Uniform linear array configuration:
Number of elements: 8
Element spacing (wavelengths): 1
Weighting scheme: hamming
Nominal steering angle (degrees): -15
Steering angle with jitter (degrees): -15.142
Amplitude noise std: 0.05
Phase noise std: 0.05

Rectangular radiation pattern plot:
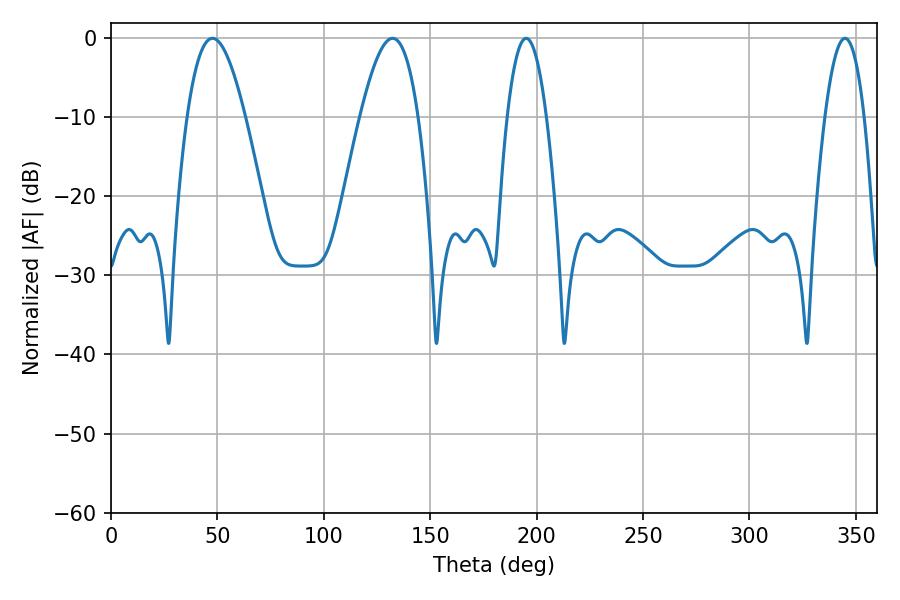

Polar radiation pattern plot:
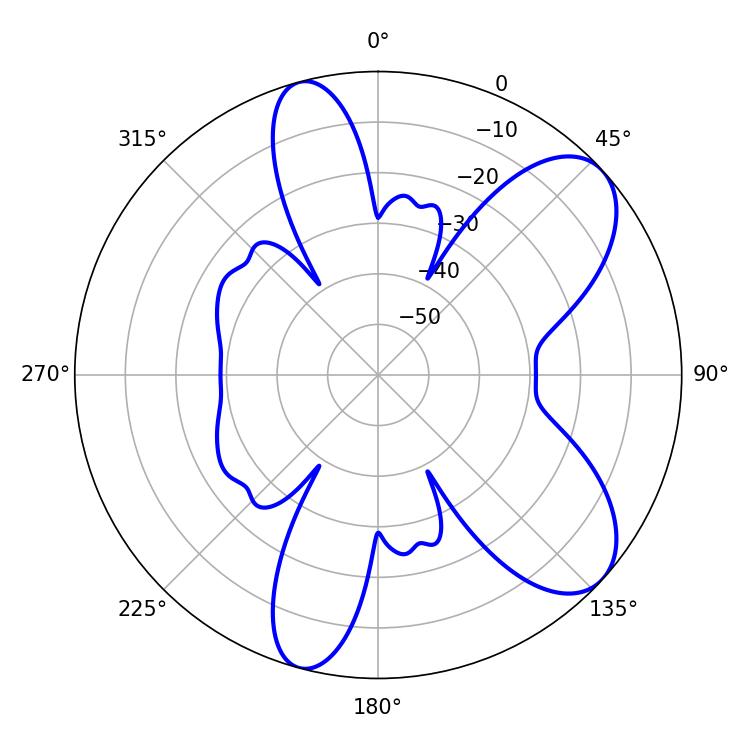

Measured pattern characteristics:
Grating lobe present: TRUE
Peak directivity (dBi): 8.006
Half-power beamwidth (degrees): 10.26
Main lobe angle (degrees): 195.12